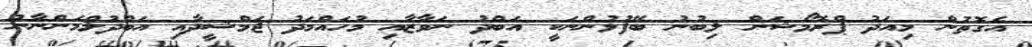
އެގޮތުން މިއަދު ޕްރޮމޯޝަން ލިބުނު ބޭފުޅުންނަކީ އަބްދު ނަވާޒާއި މުހައްމަދު ޖަމްޝީދާއި އަބްދުލްމަންނާނު